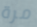
مرة